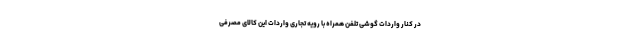
در کنار واردات گوشی تلفن همراه با رویه تجاری واردات این کالای مصرفی